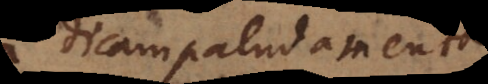
dicam paludamenta